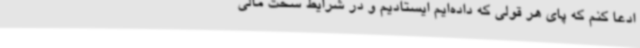
ادعا کنم که پای هر قولی که داده‌ایم ایستادیم و در شرایط سخت مالی